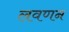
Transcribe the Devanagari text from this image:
लवणन